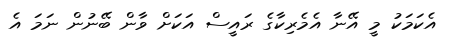
އެކަމަކު މީ އޭނާ އެމެރިކާގެ ރައީސް އަކަށް ވާން ބޭނުން ނަމަ އެ